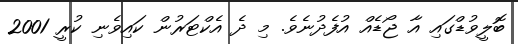
ބޮލީވުޑްގައި އާ ޖޯޑެއް އުފެދުނެވެ. މި ދެ އެކްޓަރުން ކައިވެނި ކުރީ 2001